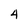
Character: 4